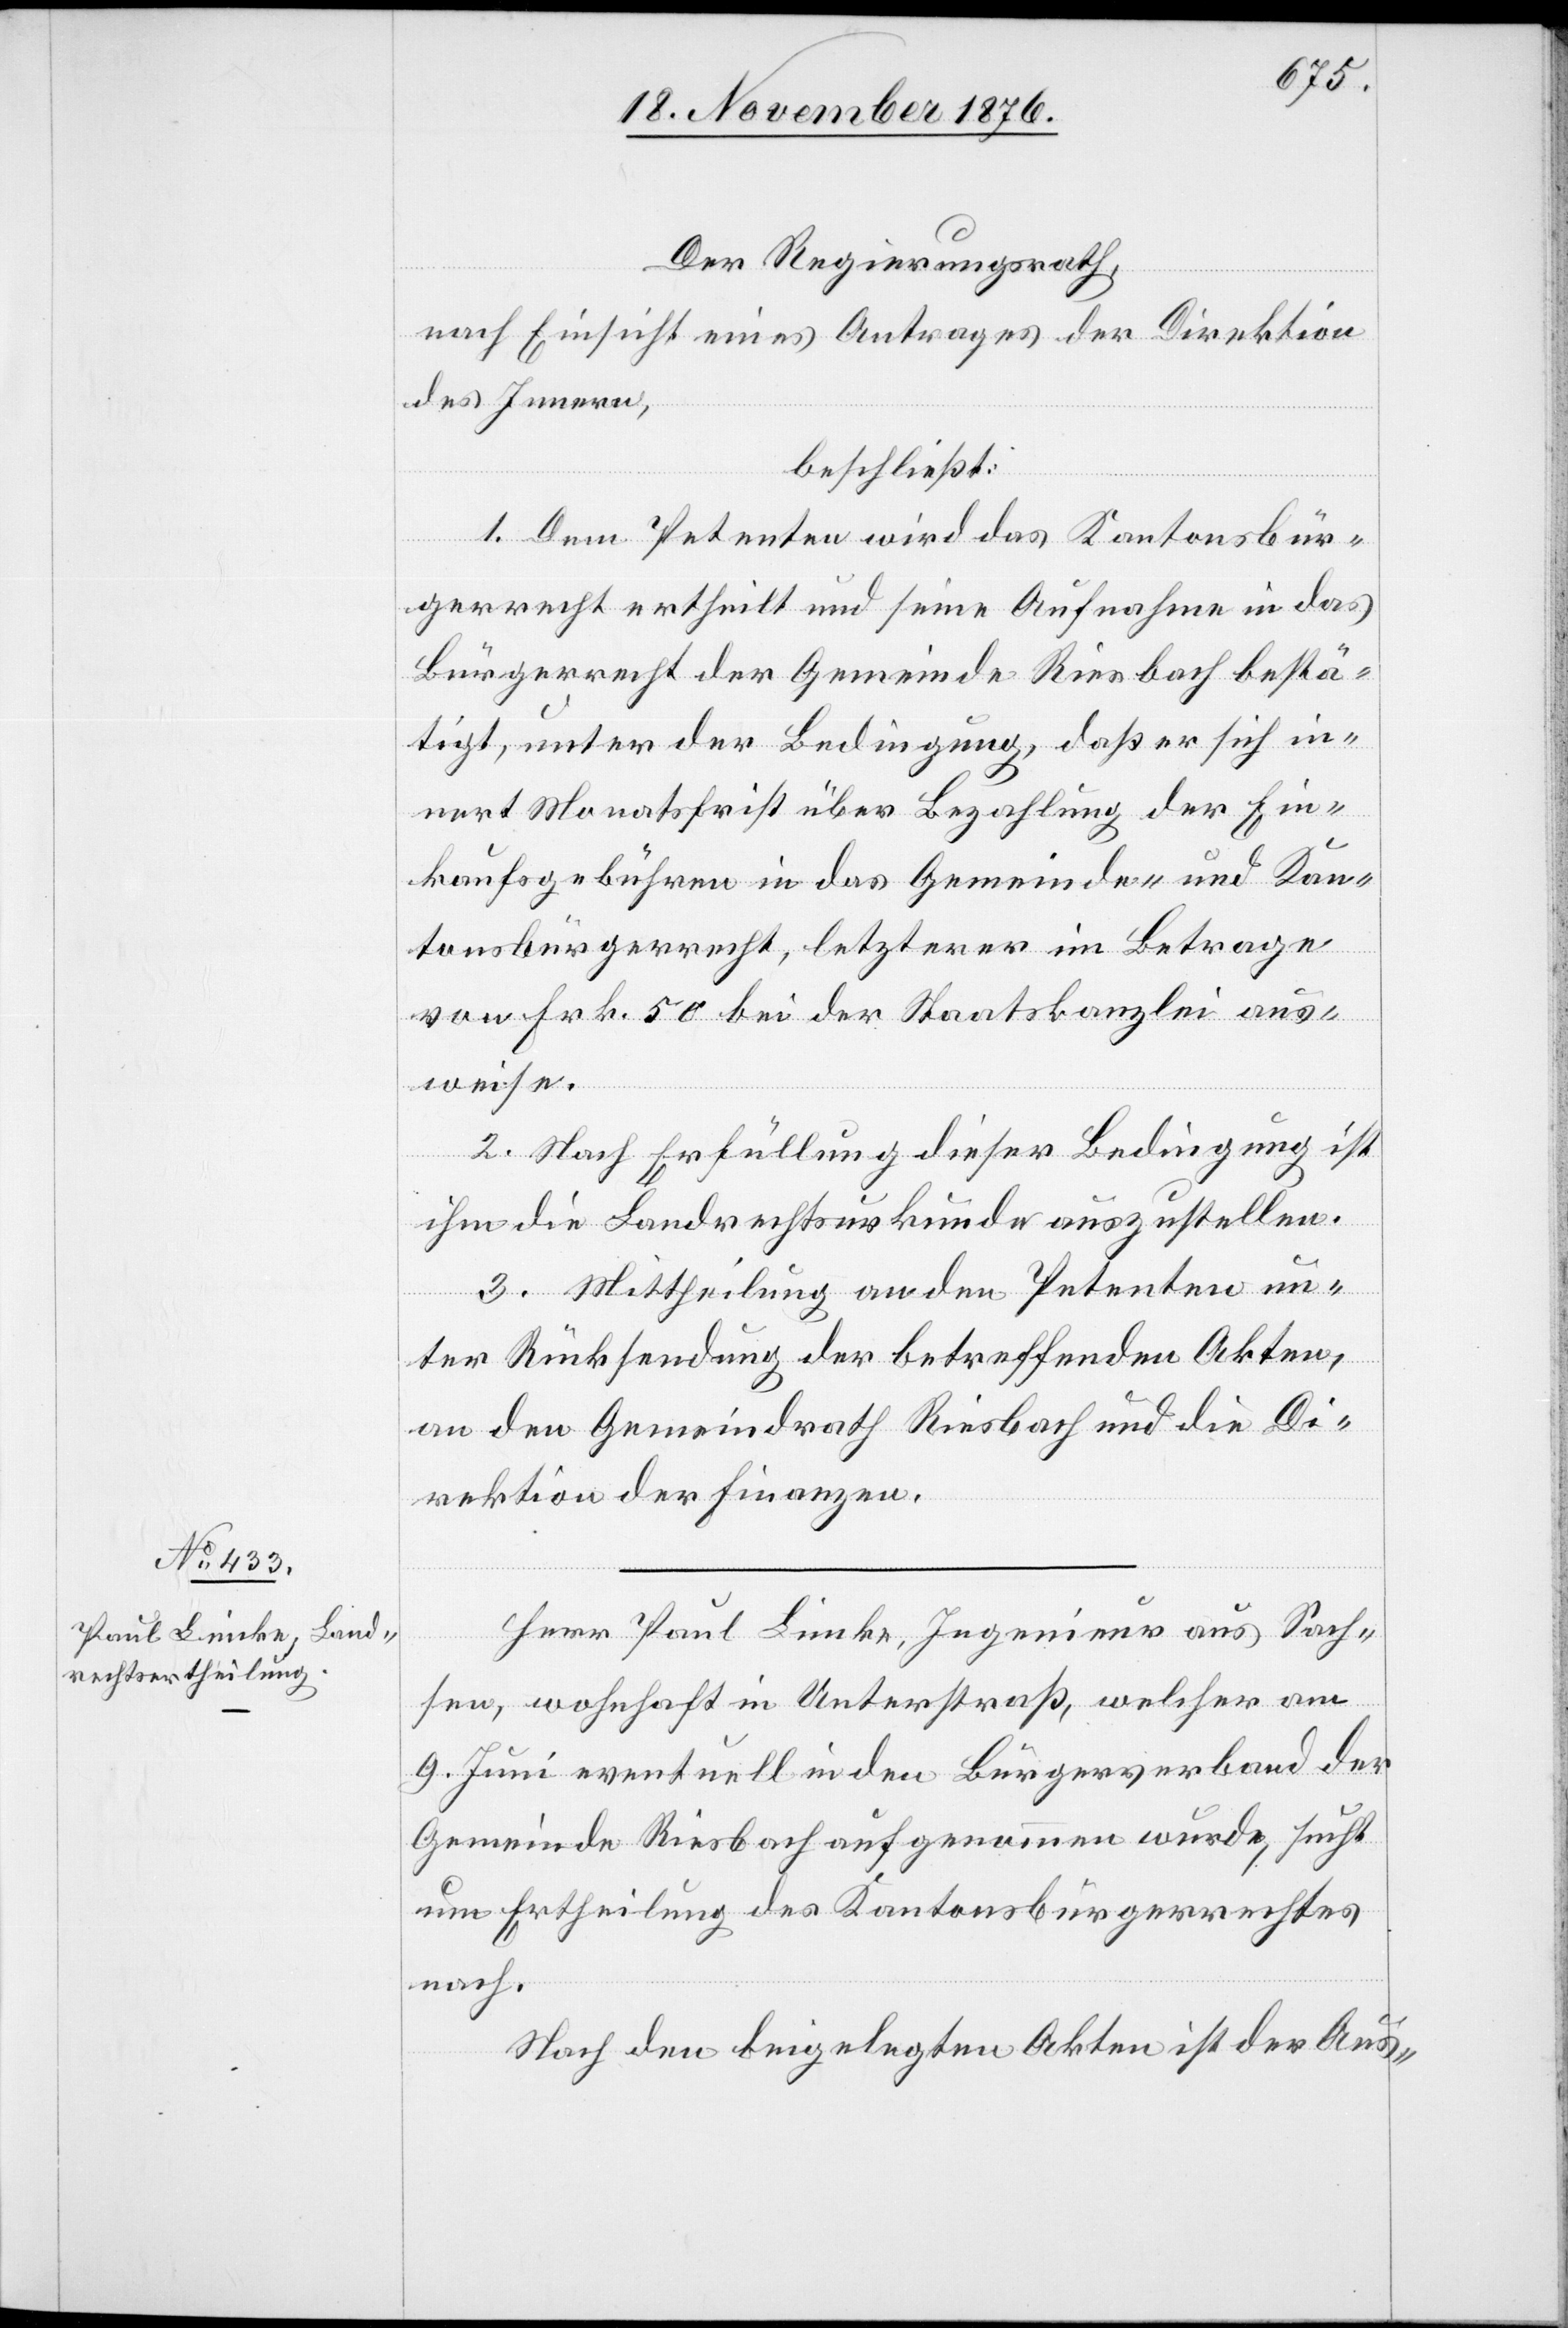
Herr Paul Limke, Ingenieur aus Sach¬
sen, wohnhaft in Unterstraß, welcher am
9. Juni eventuell in den Bürgerverband der
Gemeinde Riesbach aufgenommen wurde, sucht
um Ertheilung des Kantonsbürgerrechtes
nach.
Nach den beigelegten Akten ist der Aus-